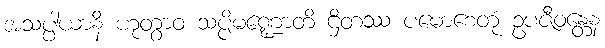
အသပ္ပါယာနိ ဟုတွာဝ သပ္ပိမဏ္ဍောတိ ဌိတဿ ပမောစေတုံ ဥပဇီဝန္တေန